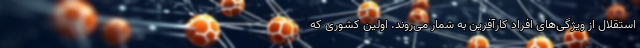
استقلال از ویژگی‌های افراد کارآفرین به شمار می‌روند. اولین کشوری که